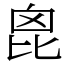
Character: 𣬉